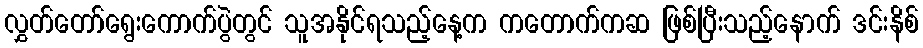
လွှတ်တော်ရွေးကောက်ပွဲတွင် သူအနိုင်ရသည့်နေ့က ကတောက်ကဆ ဖြစ်ပြီးသည့်နောက် ဒင်းနိစ်